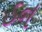
ડન